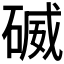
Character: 𥔃